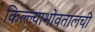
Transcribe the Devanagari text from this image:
किल्ल्याभोवतालची